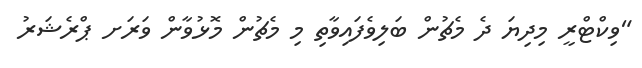
"ވިކްޓްރީ މިދިޔަ ދެ މެޗުން ބަލިވެފައިވާތި މި މެޗުން މޮޅުވާން ވަރަށ ޕްރެޝަރު